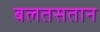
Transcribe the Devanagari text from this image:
बलतसतान